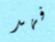
فهد